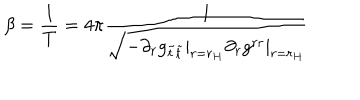
LaTeX: \beta = \frac { 1 } { T } = 4 \pi \frac { 1 } { \sqrt { - \partial _ { r } g _ { \tilde { t } \tilde { t } } | _ { r = r _ { H } } \partial _ { r } g ^ { r r } | _ { r = r _ { H } } } }